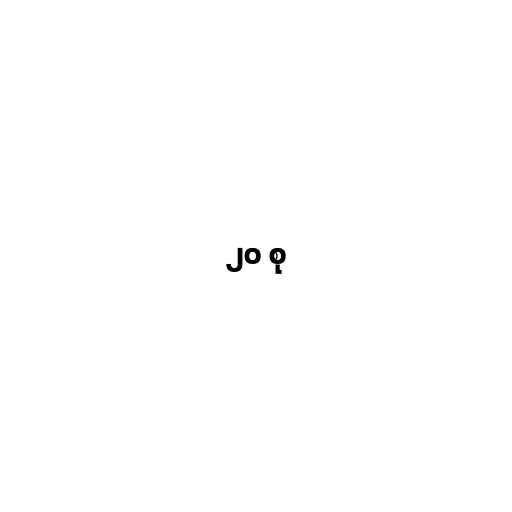
၂၀ စု